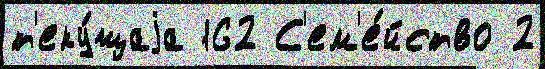
т'еку́щаjа 162 С'ем'е́йство 2